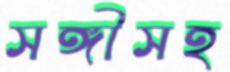
সঙ্গীসহ